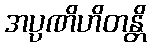
အပ္ပဏိဟိတန္တိ